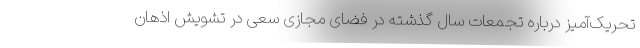
تحریک‌آمیز درباره تجمعات سال گذشته در فضای مجازی سعی در تشویش اذهان